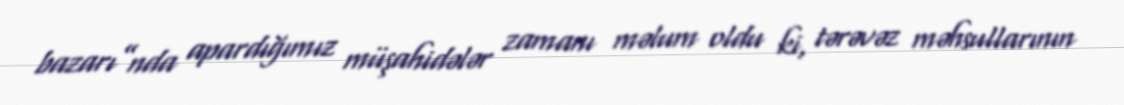
bazarı”nda apardığımız müşahidələr zamanı məlum oldu ki, tərəvəz məhsullarının